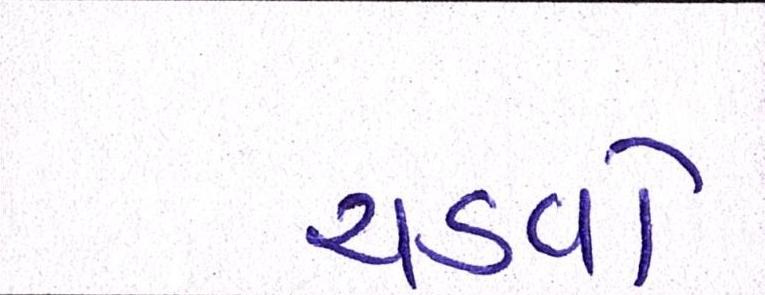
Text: ચડવો